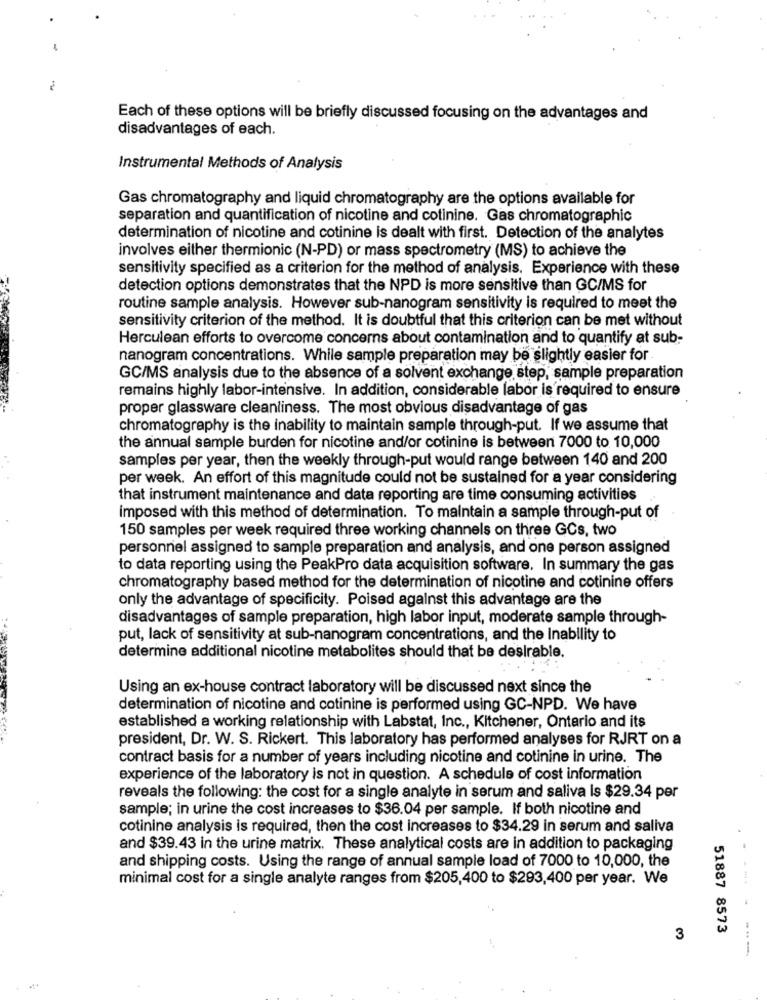
Each of these options will be briefly discussed focusing on the advantages and
disadvantages of each.
Instrumental Methods of Analysis
Gas chromatography and liquid chromatography are the options available for
separation and quantification of nicotine and cotinine. Gas chromatographic
determination of nicotine and cotinine is dealt with first. Detection of the analytes
involves either thermionic (N-PD) or mass spectrometry (MS) to achieve the
sensitivity specified as a criterion for the method of analysis. Experience with these
detection options demonstrates that the NPD is more sensitive than GC/MS for
routine sample analysis. However sub-nanogram sensitivity is required to meet the
sensitivity criterion of the method. It is doubtful that this criterion can be met without
Herculean efforts to overcome concerns about contamination and to quantify at sub-
nanogram concentrations. While sample preparation may be slightly easier for.
GC/MS analysis due to the absence of a solvent exchange step, sample preparation
remains highly labor-intensive. In addition, considerable labor is required to ensure
proper glassware cleanliness. The most obvious disadvantage of gas
chromatography is the inability to maintain sample through-put. If we assume that
the annual sample burden for nicotine and/or cotinine is between 7000 to 10,000
samples per year, then the weekly through-put would range between 140 and 200
per week. An effort of this magnitude could not be sustained for a year considering
that instrument maintenance and data reporting are time consuming activities
imposed with this method of determination. To maintain a sample through-put of
150 samples per week required three working channels on three GCs, two
personnel assigned to sample preparation and analysis, and one person assigned
to data reporting using the PeakPro data acquisition software. In summary the gas
chromatography based method for the determination of nicotine and cotinine offers
only the advantage of specificity. Poised against this advantage are the
disadvantages of sample preparation, high labor input, moderate sample through-
put, lack of sensitivity at sub-nanogram concentrations, and the Inability to
determine additional nicotine metabolites should that be desirable.
Using an ex-house contract laboratory will be discussed next since the
determination of nicotine and cotinine is performed using GC-NPD. We have
established a working relationship with Labstat, Inc ., Kitchener, Ontario and its
president, Dr. W. S. Rickert. This laboratory has performed analyses for RJRT on a
contract basis for a number of years including nicotine and cotinine in urine. The
experience of the laboratory is not in question. A schedule of cost information
reveals the following: the cost for a single analyte in serum and saliva Is $29.34 per
sample; in urine the cost increases to $36.04 per sample. If both nicotine and
cotinine analysis is required, then the cost increases to $34.29 in serum and saliva
and $39.43 in the urine matrix. These analytical costs are in addition to packaging
and shipping costs. Using the range of annual sample load of 7000 to 10,000, the
minimal cost for a single analyte ranges from $205,400 to $293,400 per year. We
51887 8573
3
---